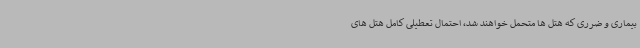
بیماری و ضرری که هتل ها متحمل خواهند شد، احتمال تعطیلی کامل هتل های